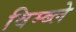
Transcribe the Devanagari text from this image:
विम्ब्ले